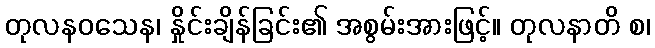
တုလနဝသေန၊ နှိုင်းချိန်ခြင်း၏ အစွမ်းအားဖြင့်။ တုလနာတိ စ၊